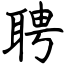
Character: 聘